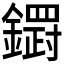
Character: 𮣓